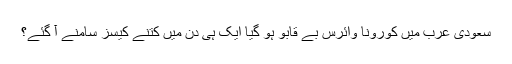
سعودی عرب میں کورونا وائرس بے قابو ہو گیا ایک ہی دن میں کتنے کیسز سامنے آ گئے؟